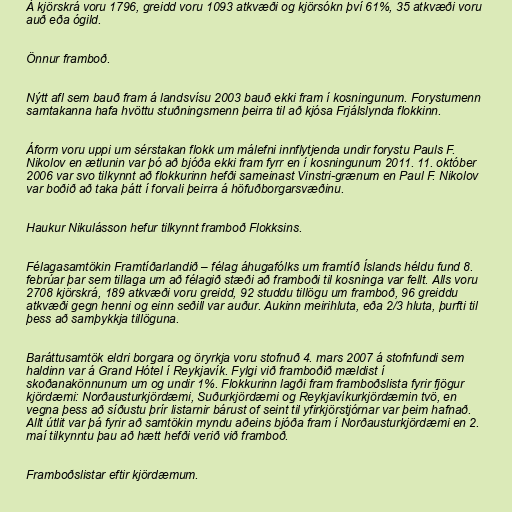
Á kjörskrá voru 1796, greidd voru 1093 atkvæði og kjörsókn því 61%, 35 atkvæði voru
auð eða ógild.

Önnur framboð.

Nýtt afl sem bauð fram á landsvísu 2003 bauð ekki fram í kosningunum. Forystumenn
samtakanna hafa hvöttu stuðningsmenn þeirra til að kjósa Frjálslynda flokkinn.

Áform voru uppi um sérstakan flokk um málefni innflytjenda undir forystu Pauls F.
Nikolov en ætlunin var þó að bjóða ekki fram fyrr en í kosningunum 2011. 11. október
2006 var svo tilkynnt að flokkurinn hefði sameinast Vinstri-grænum en Paul F. Nikolov
var boðið að taka þátt í forvali þeirra á höfuðborgarsvæðinu.

Haukur Nikulásson hefur tilkynnt framboð Flokksins.

Félagasamtökin Framtíðarlandið – félag áhugafólks um framtíð Íslands héldu fund 8.
febrúar þar sem tillaga um að félagið stæði að framboði til kosninga var fellt. Alls voru
2708 kjörskrá, 189 atkvæði voru greidd, 92 studdu tillögu um framboð, 96 greiddu
atkvæði gegn henni og einn seðill var auður. Aukinn meirihluta, eða 2/3 hluta, þurfti til
þess að samþykkja tillöguna.

Baráttusamtök eldri borgara og öryrkja voru stofnuð 4. mars 2007 á stofnfundi sem
haldinn var á Grand Hótel í Reykjavík. Fylgi við framboðið mældist í
skoðanakönnunum um og undir 1%. Flokkurinn lagði fram framboðslista fyrir fjögur
kjördæmi: Norðausturkjördæmi, Suðurkjördæmi og Reykjavíkurkjördæmin tvö, en
vegna þess að síðustu þrír listarnir bárust of seint til yfirkjörstjórnar var þeim hafnað.
Allt útlit var þá fyrir að samtökin myndu aðeins bjóða fram í Norðausturkjördæmi en 2.
maí tilkynntu þau að hætt hefði verið við framboð.

Framboðslistar eftir kjördæmum.